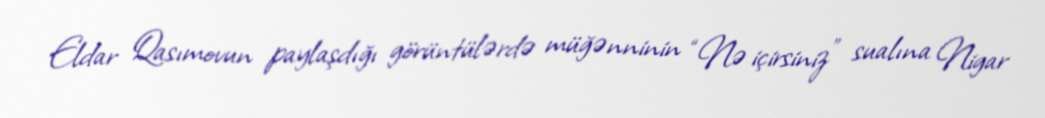
Eldar Qasımovun paylaşdığı görüntülərdə müğənninin “Nə içirsiniz” sualına Nigar